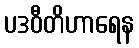
ပဒဝီတိဟာရေန